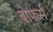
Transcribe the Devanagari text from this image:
बोफर्स